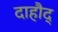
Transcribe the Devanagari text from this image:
दाहौद्